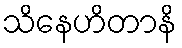
သိနေဟိတာနိ